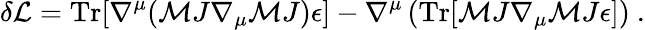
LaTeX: \delta{\cal L}=\mathrm{Tr}[\nabla^{\mu}({\cal M}J\nabla_{\mu}{\cal M}J)\epsilon]-\nabla^{\mu}\left(\mathrm{Tr}[{\cal M}J\nabla_{\mu}{\cal M}J\epsilon]\right)\ .